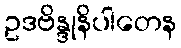
ဥဒဗိန္ဒုနိပါတေန